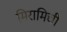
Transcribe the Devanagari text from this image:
मिरामिची